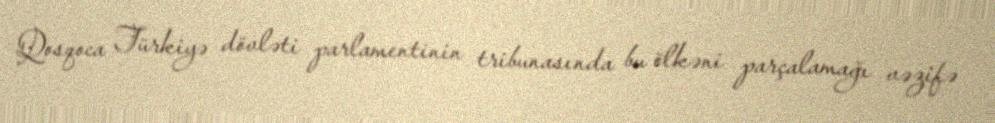
Qosqoca Türkiyə dövləti parlamentinin tribunasında bu ölkəni parçalamağı vəzifə